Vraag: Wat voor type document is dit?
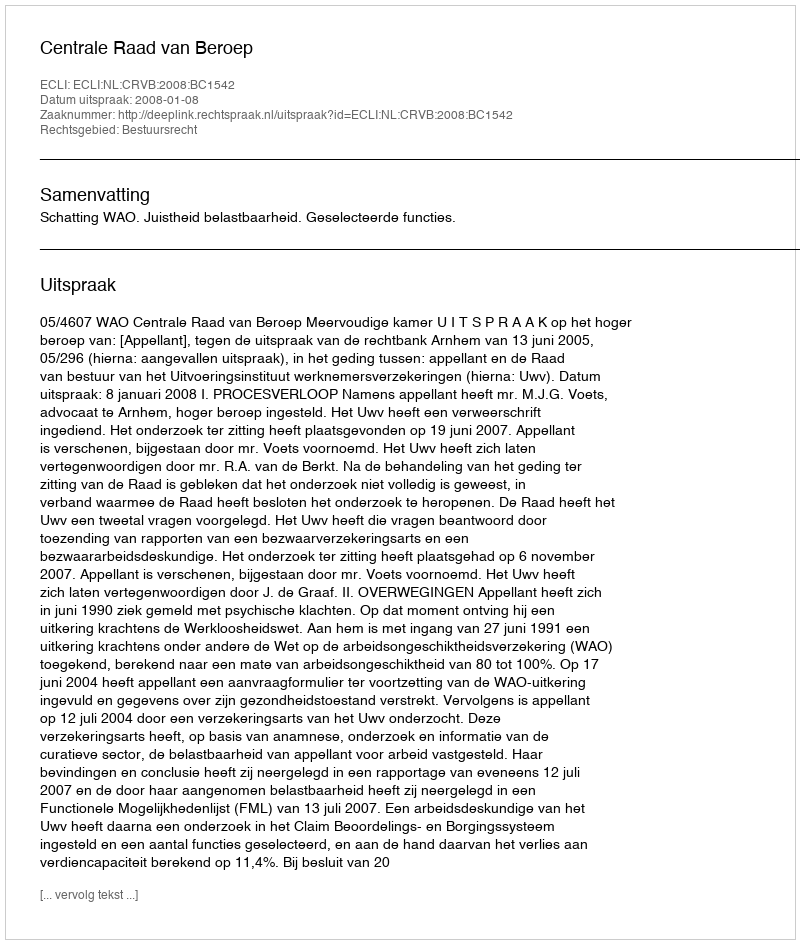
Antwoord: Uitspraak